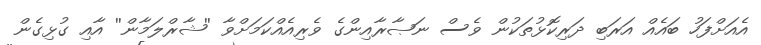
އެއަށްފަހު ބައެއް އަރަބި ދަރިކޮޅުތަކުން ވެސް ނަޞާރާއިންގެ ވެރިއެއްކަމަށްވާ ''ޝާރްލަމާން'' އާއި ގުޅިގެން